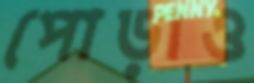
পোড়াও